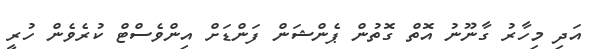
އަދި މިހާރު ގާނޫނު އޮތް ގޮތުން ޕެންޝަން ފަންޑަށް އިންވެސްޓް ކުރެވެން ހުރީ